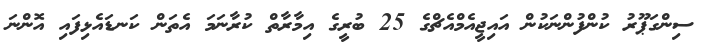
ސިންގަޕޫރު ކުންފުންނަކުން އައިޖީއެމްއެޗްގެ 25 ބުރީގެ އިމާރާތް ކުރާނަމަ އެތަން ކަނޑައެޅިފައި އޮންނަ